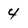
Character: 4